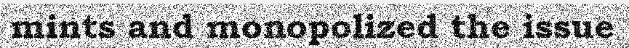
mints and monopolized the issue